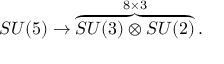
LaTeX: S U ( 5 ) \rightarrow \overbrace { S U ( 3 ) \otimes S U ( 2 ) } ^ { 8 \times 3 } .